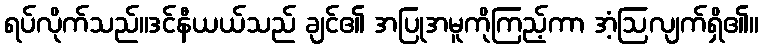
ရပ်လိုက်သည်။ဒင်နီယယ်သည် ချင်၏ အပြုအမူကိုကြည့်ကာ အံ့ဩလျက်ရှိ၏။